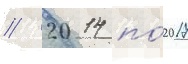
// 2014 по́ 2017